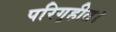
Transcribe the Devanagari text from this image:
परिगृहीत।